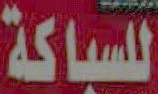
للسباكة